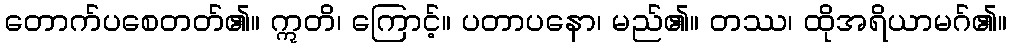
တောက်ပစေတတ်၏။ ဣတိ၊ ကြောင့်။ ပတာပနော၊ မည်၏။ တဿ၊ ထိုအရိယာမဂ်၏။